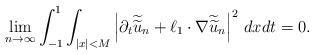
LaTeX: \begin{align*}\lim_{n\to\infty}\int_{-1}^1\int_{|x|<M}\left|\partial_t\widetilde{\widetilde{u}}_n+\ell_1\cdot\nabla \widetilde{\widetilde{u}}_n\right|^2\,dxdt=0.\end{align*}